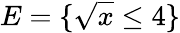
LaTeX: E=\{ {\sqrt{x}}\leq 4\}